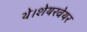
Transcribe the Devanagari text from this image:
थे।शेयरवेयर